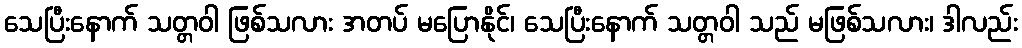
သေပြီးနောက် သတ္တဝါ ဖြစ်သလား အတပ် မပြောနိုင်၊ သေပြီးနောက် သတ္တဝါ သည် မဖြစ်သလား၊ ဒါလည်း